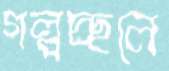
গল্পচ্ছলে